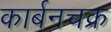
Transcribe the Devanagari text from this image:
कार्बनचक्र